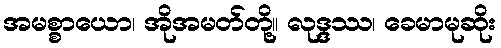
အမစ္စာယော၊ အိုအမတ်တို့။ လုဒ္ဒဿ၊ ခေမာမုဆိုး